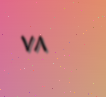
٧٨